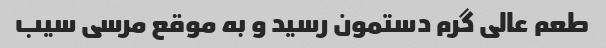
طعم عالی گرم دستمون رسید و به موقع مرسی سیب